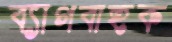
ব্যাগবাহক